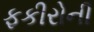
ફકીરોની